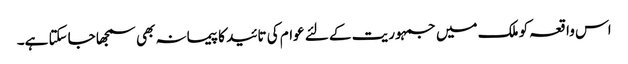
اس واقعہ کو ملک میں جمہوریت کے لئے عوام کی تائید کا پیمانہ بھی سمجھا جاسکتا ہے۔